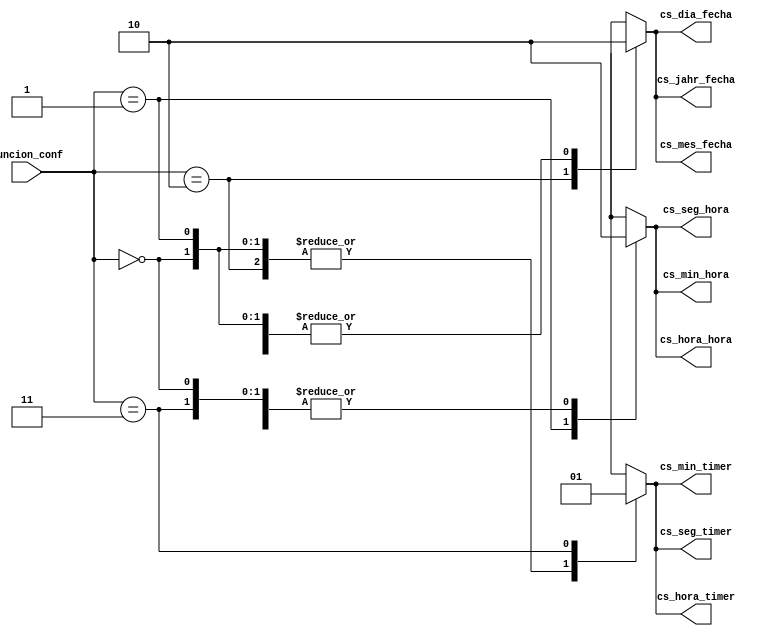
module decodificador_cs_registros(
	input [1:0]funcion_conf,
	output reg cs_seg_hora,
	output reg cs_min_hora,
	output reg cs_hora_hora,
	output reg cs_dia_fecha,
	output reg cs_mes_fecha,
	output reg cs_jahr_fecha,
	output reg cs_seg_timer,
	output reg cs_min_timer,
	output reg cs_hora_timer
    );
	 
always@*
begin
	case(funcion_conf)
		2'b00: begin
		cs_seg_hora = 1'b0;
		cs_min_hora= 1'b0;
		cs_hora_hora= 1'b0;
		cs_dia_fecha= 1'b0;
		cs_mes_fecha= 1'b0;
		cs_jahr_fecha= 1'b0;
		cs_seg_timer= 1'b0;
		cs_min_timer= 1'b0;
		cs_hora_timer= 1'b0;
			end
		2'b01: begin
		cs_seg_hora = 1'b1;
		cs_min_hora= 1'b1;
		cs_hora_hora= 1'b1;
		cs_dia_fecha= 1'b0;
		cs_mes_fecha= 1'b0;
		cs_jahr_fecha= 1'b0;
		cs_seg_timer= 1'b0;
		cs_min_timer= 1'b0;
		cs_hora_timer= 1'b0;
			end
		2'b10: begin
		cs_seg_hora = 1'b0;
		cs_min_hora= 1'b0;
		cs_hora_hora= 1'b0;
		cs_dia_fecha= 1'b1;
		cs_mes_fecha= 1'b1;
		cs_jahr_fecha= 1'b1;
		cs_seg_timer= 1'b0;
		cs_min_timer= 1'b0;
		cs_hora_timer= 1'b0;
			end
		2'b11:
			begin
		cs_seg_hora = 1'b0;
		cs_min_hora= 1'b0;
		cs_hora_hora= 1'b0;
		cs_dia_fecha= 1'b0;
		cs_mes_fecha= 1'b0;
		cs_jahr_fecha= 1'b0;
		cs_seg_timer= 1'b1;
		cs_min_timer= 1'b1;
		cs_hora_timer= 1'b1;
	end
	default: begin
		cs_seg_hora = 1'b0;
		cs_min_hora= 1'b0;
		cs_hora_hora= 1'b0;
		cs_dia_fecha= 1'b0;
		cs_mes_fecha= 1'b0;
		cs_jahr_fecha= 1'b0;
		cs_seg_timer= 1'b0;
		cs_min_timer= 1'b0;
		cs_hora_timer= 1'b0;
	end
endcase
end

endmodule